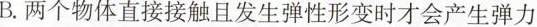
B.两个物体直接接触且发生弹性形变时才会产生弹力